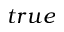
t r u e